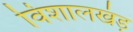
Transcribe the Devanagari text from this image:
विशालखंड़